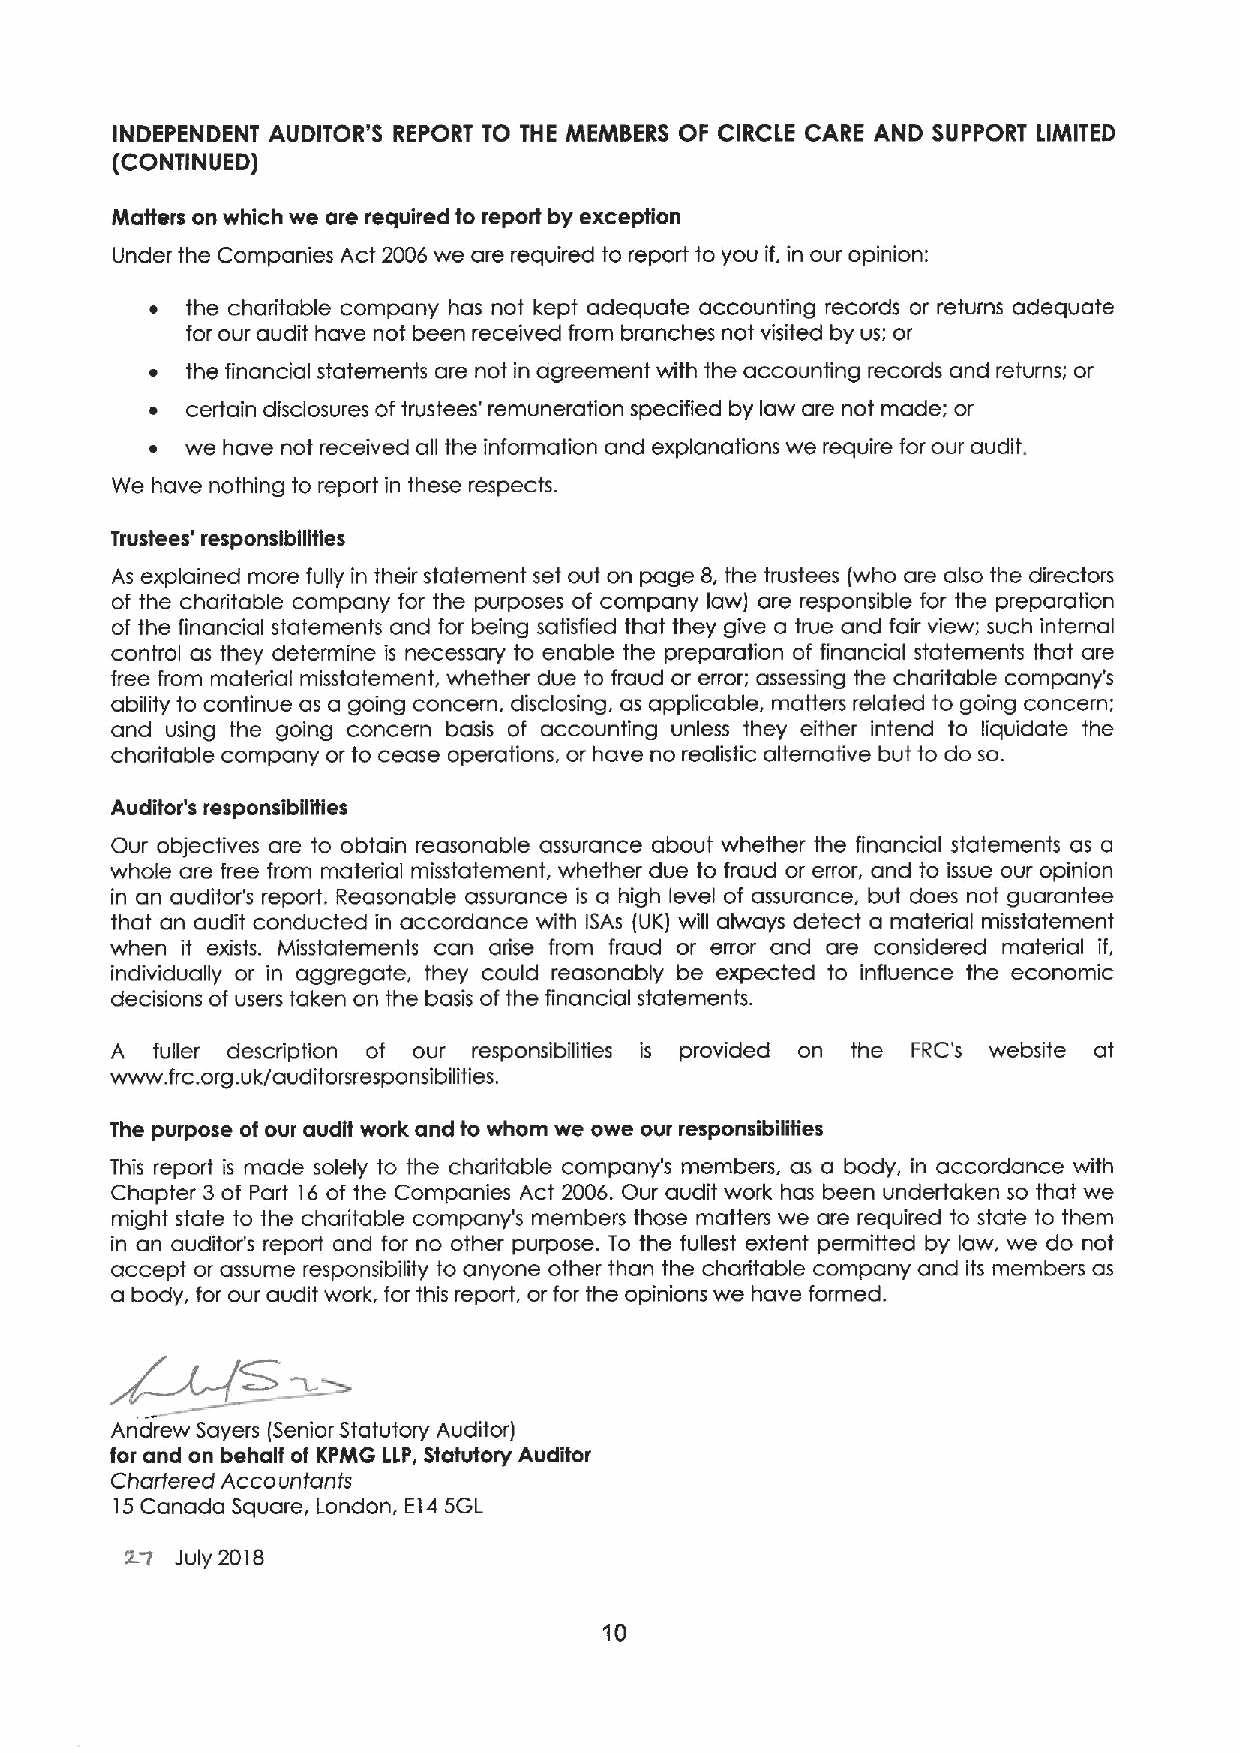
INDEPENDENT AUDITOR'S REPORT TO THE MEMBERS OF CIRCLE CARE AND SUPPORT LIMITED
 (CONTINUED)
 Matters on which we are required to report by exception
 Under the Companies Act 2006 we are required to report to you if, in our opinion:
 ~ the charitable company has not kept adequate accounting records or returns adequate
 for our audit have not been received from branches not visited by us; or
 ~ the financial statements are not in agreement with the accounting records and returns; or
 ~ certain disclosures oftrustees' remuneration specified by law are not made; or
 ~ we have not received all the information and explanations we require for our audit.
 We have nothing to report in these respects.
 Trustees' responsibilities
 As explained more fully in their statement set out on page 8, the trustees (who are also the directors
 of the charitable company for the purposes of company law) are responsible for the preparation
 of the financial statements and for being satisfied that they give a true and fair view; such internal
 control as they determine is necessary to enable the preparation of financial statements that are
 free from material misstatement, whether due to fraud or error; assessing the charitable company's
 ability to continue as a going concern, disclosing, as applicable, matters related to going concern;
 and using the going concern basis of accounting unless they either intend to liquidate the
 charitable company or to cease operations, or have no realistic alternative but to do so.
 Auditor's responsibilities
 Our objectives are to obtain reasonable assurance about whether the financial statements as a
 whole are free from material misstatement, whether due to fraud or error, and to issue our opinion
 in an auditor's report. Reasonable assurance is a high level of assurance, but does not guarantee
 that an audit conducted in accordance with ISAs (UK) will always detect a material misstatement
 when it exists. Misstatements can arise from fraud or error and are considered material if,
 individually or in aggregate, they could reasonably be expected to influence the economic
 decisions of users taken on the basis ofthe financial statements.
 A  fuller description of our responsibilities is provided on the FRC's website at
 www. frc.org.uk/auditorsresponsibilities.
 The purpose of our audit work and to whom we owe our responsibilities
 This report is made solely to the charitable company's members, as a body, in accordance with
 Chapter 3of Part 16 of the Companies Act 2006. Our audit work has been undertaken so that we
 might state to the charitable company's members those matters we are required to state to them
 in an auditor's report and for no other purpose. To the fullest extent permitted by law, we do not
 accept or assume responsibility to anyone other than the charitable company and its members as
 a body, for our audit work, for this report, or for the opinions we have formed.
 Andrew Sayers (Senior Statutory Auditor)
 for and on behalf of KPMG LLP, Statutory Auditor
 Chartered Accountanfs
 15Canada Square, London, E14SGL
 July 2018
 10